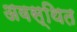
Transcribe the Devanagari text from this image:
अवस्‍थित